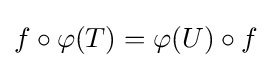
f\circ \varphi (T)=\varphi (U)\circ f